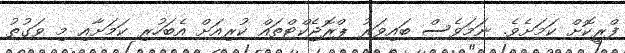
ފްރީކޮށް ކަމަށެވެ. ނަމަވެސް ބައިވަރު ޕްރޮޖެކްޓްތައް ކުރިއަށް އެބަހުރި ކަމަށާއި މި ވަގުތު